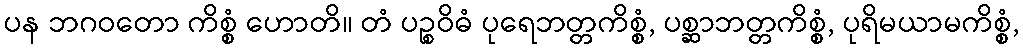
ပန ဘဂဝတော ကိစ္စံ ဟောတိ။ တံ ပဉ္စဝိဓံ ပုရေဘတ္တကိစ္စံ, ပစ္ဆာဘတ္တကိစ္စံ, ပုရိမယာမကိစ္စံ,